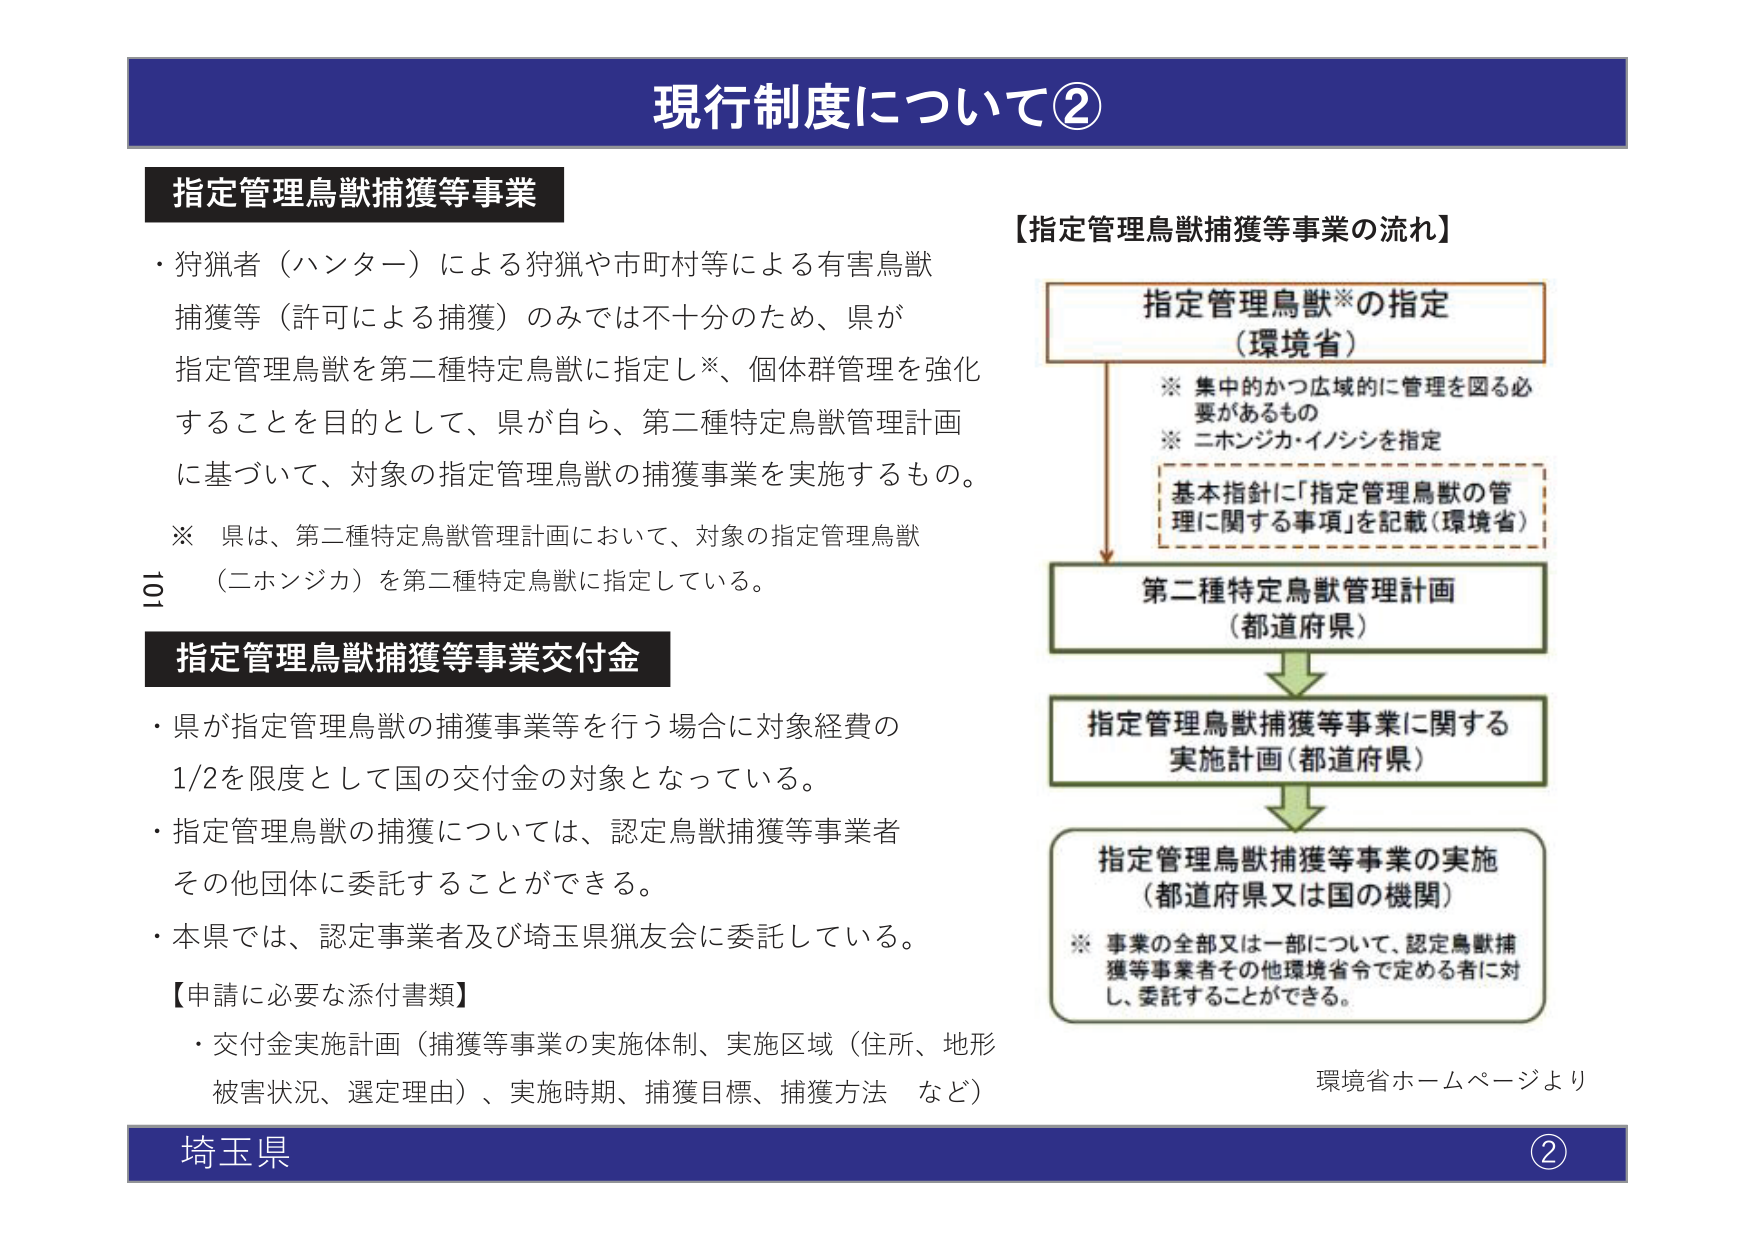
現行制度について②

指定管理鳥獣捕獲等事業
・狩猟者（ハンター）による狩猟や市町村等による有害鳥獣
捕獲等（許可による捕獲）のみでは不十分のため、県が
指定管理鳥獣を第二種特定鳥獣に指定し※、個体群管理を強化
することを目的として、県が自ら、第二種特定鳥獣管理計画
に基づいて、対象の指定管理鳥獣の捕獲事業を実施するもの。
※ 県は、第二種特定鳥獣管理計画において、対象の指定管理鳥獣
（ニホンジカ）を第二種特定鳥獣に指定している。

指定管理鳥獣捕獲等事業交付金
・県が指定管理鳥獣の捕獲事業等を行う場合に対象経費の
1/2を限度として国の交付金の対象となっている。
・指定管理鳥獣の捕獲については、認定鳥獣捕獲等事業者
その他団体に委託することができる。
・本県では、認定事業者及び埼玉県猟友会に委託している。
【申請に必要な添付書類】
・交付金実施計画（捕獲等事業の実施体制、実施区域（住所、地形
被害状況、選定理由）、実施時期、捕獲目標、捕獲方法 など）

【指定管理鳥獣捕獲等事業の流れ】
指定管理鳥獣※の指定
（環境省）
※ 集中的かつ広域的に管理を図る必要があるもの
※ ニホンジカ・イノシシを指定
基本指針に「指定管理鳥獣の管理に関する事項」を記載（環境省）
第二種特定鳥獣管理計画
（都道府県）
指定管理鳥獣捕獲等事業に関する
実施計画（都道府県）
指定管理鳥獣捕獲等事業の実施
（都道府県又は国の機関）
※ 事業の全部又は一部について、認定鳥獣捕獲等事業者その他環境省令で定める者に対し、委託することができる。

環境省ホームページより

埼玉県
②